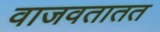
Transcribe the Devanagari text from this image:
वाजवतातत